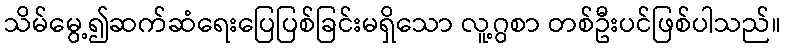
သိမ်မွေ့၍ဆက်ဆံရေးပြေပြစ်ခြင်းမရှိသော လူ့ဂွစာ တစ်ဦးပင်ဖြစ်ပါသည်။